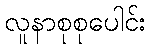
လူနာစုစုပေါင်း